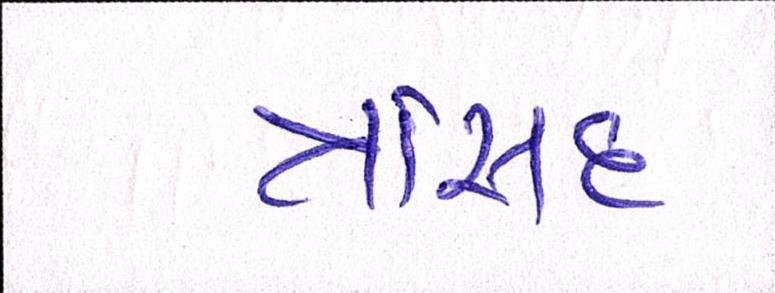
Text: ત્રાંસદ